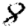
Digit: 8